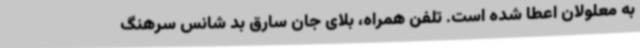
به معلولان اعطا شده است. تلفن همراه، بلای جان سارق بد شانس سرهنگ